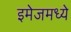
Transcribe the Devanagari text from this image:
इमेजमध्ये